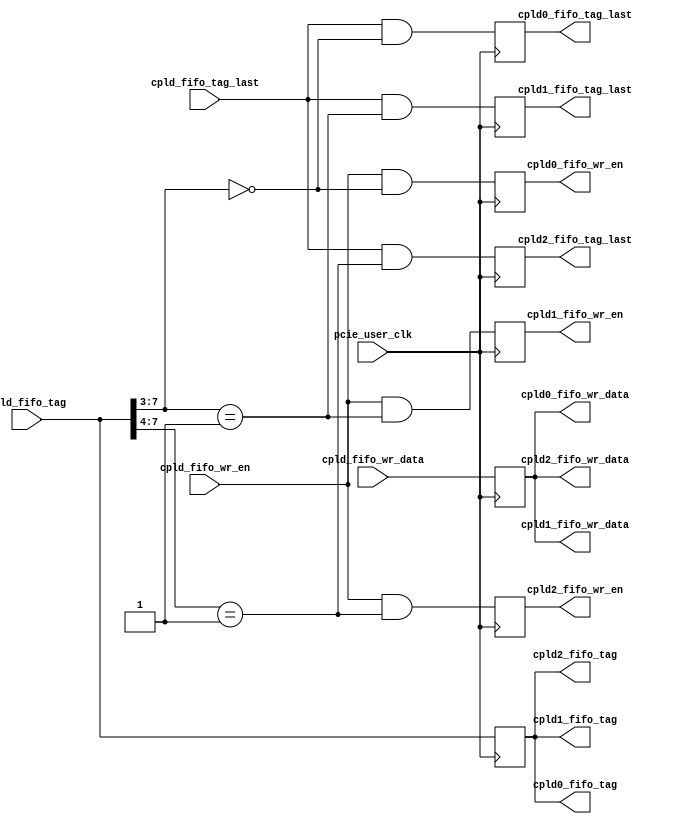
module pcie_rx_cpld_sel# (
	parameter	C_PCIE_DATA_WIDTH			= 128
)
(
	input									pcie_user_clk,

	input									cpld_fifo_wr_en,
	input	[C_PCIE_DATA_WIDTH-1:0]			cpld_fifo_wr_data,
	input	[7:0]							cpld_fifo_tag,
	input									cpld_fifo_tag_last,

	output	[7:0]							cpld0_fifo_tag,
	output									cpld0_fifo_tag_last,
	output									cpld0_fifo_wr_en,
	output	[C_PCIE_DATA_WIDTH-1:0]			cpld0_fifo_wr_data,

	output	[7:0]							cpld1_fifo_tag,
	output									cpld1_fifo_tag_last,
	output									cpld1_fifo_wr_en,
	output	[C_PCIE_DATA_WIDTH-1:0]			cpld1_fifo_wr_data,

	output	[7:0]							cpld2_fifo_tag,
	output									cpld2_fifo_tag_last,
	output									cpld2_fifo_wr_en,
	output	[C_PCIE_DATA_WIDTH-1:0]			cpld2_fifo_wr_data
);

reg		[7:0]								r_cpld_fifo_tag;
reg		[C_PCIE_DATA_WIDTH-1:0]				r_cpld_fifo_wr_data;

reg											r_cpld0_fifo_tag_last;
reg											r_cpld0_fifo_wr_en;

reg											r_cpld1_fifo_tag_last;
reg											r_cpld1_fifo_wr_en;

reg											r_cpld2_fifo_tag_last;
reg											r_cpld2_fifo_wr_en;

wire	[2:0]								w_cpld_prefix_tag_hit;


assign w_cpld_prefix_tag_hit[0] = (cpld_fifo_tag[7:3] == 5'b00000);
assign w_cpld_prefix_tag_hit[1] = (cpld_fifo_tag[7:3] == 5'b00001);
assign w_cpld_prefix_tag_hit[2] = (cpld_fifo_tag[7:4] == 4'b0001);

assign cpld0_fifo_tag = r_cpld_fifo_tag;
assign cpld0_fifo_tag_last = r_cpld0_fifo_tag_last;
assign cpld0_fifo_wr_en = r_cpld0_fifo_wr_en;
assign cpld0_fifo_wr_data = r_cpld_fifo_wr_data;

assign cpld1_fifo_tag = r_cpld_fifo_tag;
assign cpld1_fifo_tag_last = r_cpld1_fifo_tag_last;
assign cpld1_fifo_wr_en = r_cpld1_fifo_wr_en;
assign cpld1_fifo_wr_data = r_cpld_fifo_wr_data;

assign cpld2_fifo_tag = r_cpld_fifo_tag;
assign cpld2_fifo_tag_last = r_cpld2_fifo_tag_last;
assign cpld2_fifo_wr_en = r_cpld2_fifo_wr_en;
assign cpld2_fifo_wr_data = r_cpld_fifo_wr_data;

always @(posedge pcie_user_clk)
begin
	r_cpld_fifo_tag <= cpld_fifo_tag;
	r_cpld_fifo_wr_data <= cpld_fifo_wr_data;

	r_cpld0_fifo_tag_last = cpld_fifo_tag_last & w_cpld_prefix_tag_hit[0];
	r_cpld0_fifo_wr_en <= cpld_fifo_wr_en & w_cpld_prefix_tag_hit[0];

	r_cpld1_fifo_tag_last = cpld_fifo_tag_last & w_cpld_prefix_tag_hit[1];
	r_cpld1_fifo_wr_en <= cpld_fifo_wr_en & w_cpld_prefix_tag_hit[1];

	r_cpld2_fifo_tag_last = cpld_fifo_tag_last & w_cpld_prefix_tag_hit[2];
	r_cpld2_fifo_wr_en <= cpld_fifo_wr_en & w_cpld_prefix_tag_hit[2];
end


endmodule